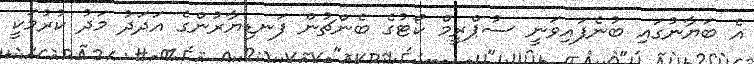
އެ ބަޔާނުގައި ބުނެފައިވަނީ ސުޕްރީމް ކޯޓުގެ ބެންޗުން ފަނޑިޔާރުންގެ އަދަދު މަދު ކުރުމަކީ